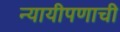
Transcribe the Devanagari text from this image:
न्यायीपणाची